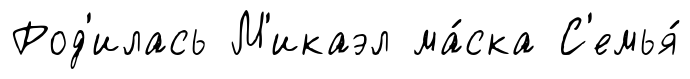
Род'илась М'икаэл ма́ска С'емья́